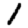
Digit: 1